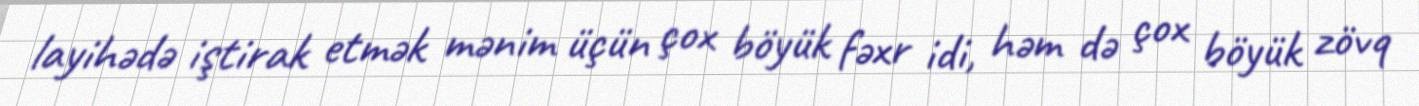
layihədə iştirak etmək mənim üçün çox böyük fəxr idi, həm də çox böyük zövq